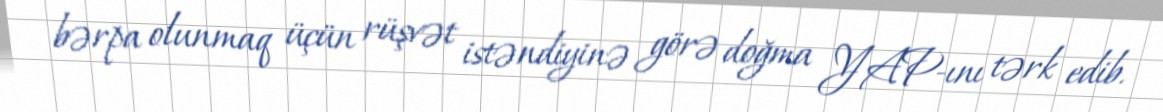
bərpa olunmaq üçün rüşvət istəndiyinə görə doğma YAP-ını tərk edib.